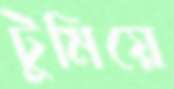
টুমিয়ে